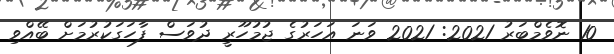
10 ނޮވެމްބަރު 2021: 2021 ވަނަ އަހަރުގެ ޖުމުހޫރީ ދުވަސް ފާހަގަކުރުމަށް ބޭއްވި